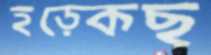
হড়্‌কেছ